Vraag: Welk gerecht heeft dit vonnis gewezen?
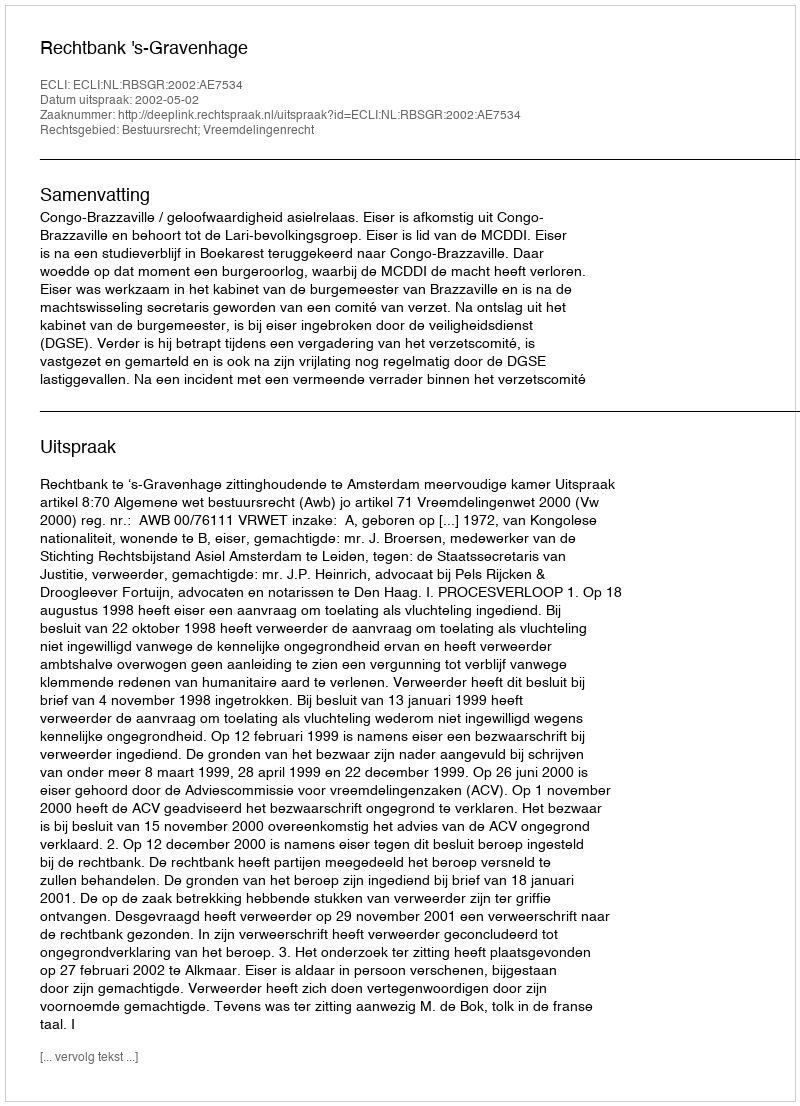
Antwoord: Rechtbank 's-Gravenhage